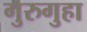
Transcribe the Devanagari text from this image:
गुरुगुहा